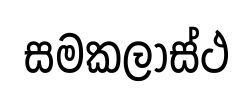
සමකලාස්ථ